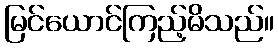
မြင်ယောင်ကြည့်မိသည်။